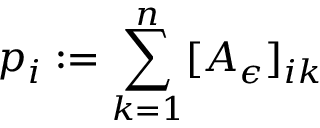
p _ { i } : = \sum _ { k = 1 } ^ { n } [ A _ { \epsilon } ] _ { i k }